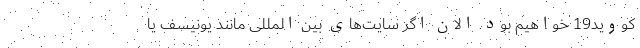
کووید19 خواهیم بود. الان اگر سایت‌‌های بین المللی مانند یونیسف یا